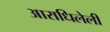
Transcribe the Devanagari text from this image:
आराधिलेली